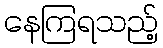
နေကြရသည့်